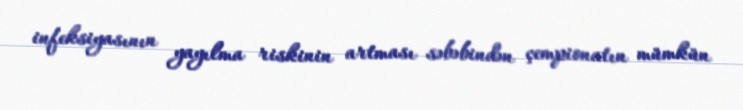
infeksiyasının yayılma riskinin artması səbəbindən çempionatın mümkün